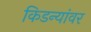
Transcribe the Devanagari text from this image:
किडन्यांवर